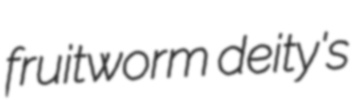
fruitworm deity's